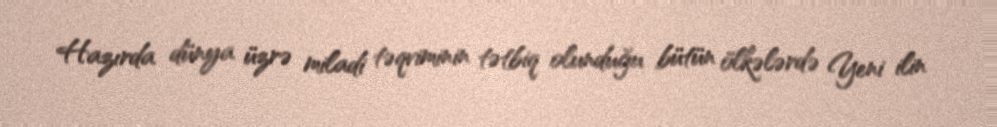
Hazırda dünya üzrə miladi təqviminin tətbiq olunduğu bütün ölkələrdə Yeni ilin